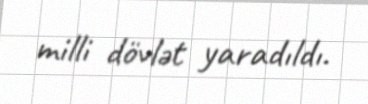
milli dövlət yaradıldı.